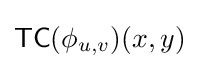
{\mathsf {TC}}(\phi _{u,v})(x,y)